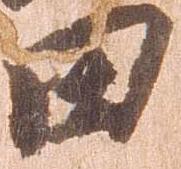
田